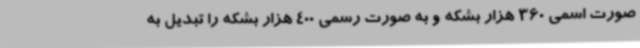
صورت اسمی 360 هزار بشکه و به صورت رسمی 400 هزار بشکه را تبدیل به